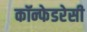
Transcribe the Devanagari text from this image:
कॉन्फेडरेसी